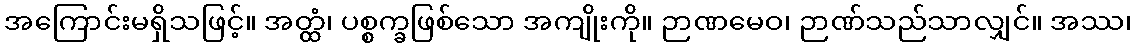
အကြောင်းမရှိသဖြင့်။ အတ္ထံ၊ ပစ္စက္ခဖြစ်သော အကျိုးကို။ ဉာဏမေဝ၊ ဉာဏ်သည်သာလျှင်။ အဿ၊